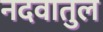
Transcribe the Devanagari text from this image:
नदवातुल